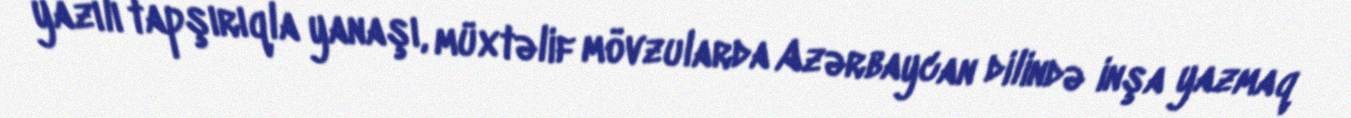
yazılı tapşırıqla yanaşı, müxtəlif mövzularda Azərbaycan dilində inşa yazmaq